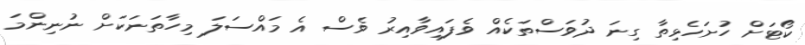
ކޯޓަށް ހުށަހެޅިތާ ގިނަ ދުވަސްތަކެއް ވެފައިވާއިރު ވެސް އެ މައްސަލަ މިހާތަނަކަށް ނުނިންމަ